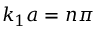
k _ { 1 } a = n \pi